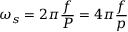
\omega _ { s } = 2 \pi { \frac { f } { P } } = 4 \pi { \frac { f } { p } }